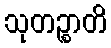
သုတဉ္စာတိ